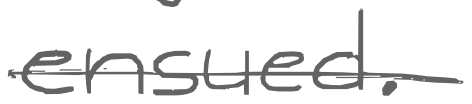
Text: ensued.
Cross-out: single-line
Writing tool: digital_gray